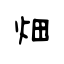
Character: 畑